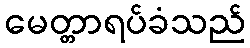
မေတ္တာရပ်ခံသည်